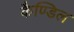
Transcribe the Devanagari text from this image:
कैण्डिल